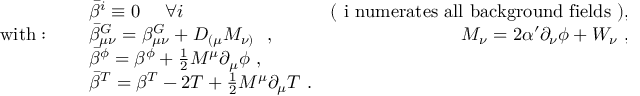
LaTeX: \begin{array} { l l r } { { } } & { { \bar { \beta } ^ { i } \equiv 0 \ \ \ \ \forall i \ \ } } & { { \mathrm { ( ~ i ~ n u m e r a t e s ~ a l l ~ b a c k g r o u n d ~ f i e l d s ~ ) } , } } \\ { { \mathrm { w i t h } : \ \ \ \ } } & { { \bar { \beta } _ { \mu \nu } ^ { G } = \beta _ { \mu \nu } ^ { G } + D _ { ( \mu } M _ { \nu ) } \ \ , \ \ } } & { { M _ { \nu } = 2 \alpha ^ { \prime } \partial _ { \nu } \phi + W _ { \nu } \ , } } \\ { { } } & { { \bar { \beta } ^ { \phi } = \beta ^ { \phi } + \frac { 1 } { 2 } M ^ { \mu } \partial _ { \mu } \phi \ , } } & { { } } \\ { { } } & { { \bar { \beta } ^ { T } = \beta ^ { T } - 2 T + \frac { 1 } { 2 } M ^ { \mu } \partial _ { \mu } T \ . } } & { { } } \end{array}